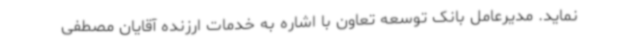
نماید. مدیرعامل بانک توسعه تعاون با اشاره به خدمات ارزنده آقایان مصطفی